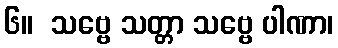
၆။  သဗ္ဗေ သတ္တာ သဗ္ဗေ ပါဏာ၊